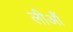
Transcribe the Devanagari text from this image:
लीआैं